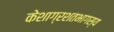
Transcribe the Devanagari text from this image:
केशाग्रशतभागस्य